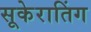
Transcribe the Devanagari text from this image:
सूकेरातिंग